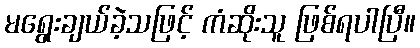
မရွေးချယ်ခဲ့သဖြင့် ကံဆိုးသူ ဖြစ်ရပါပြီ။